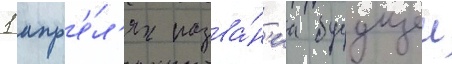
1 апр'е́л'я назва́н'иа будущеи